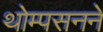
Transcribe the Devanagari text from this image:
थोम्पसनने